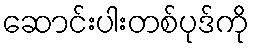
ဆောင်းပါးတစ်ပုဒ်ကို